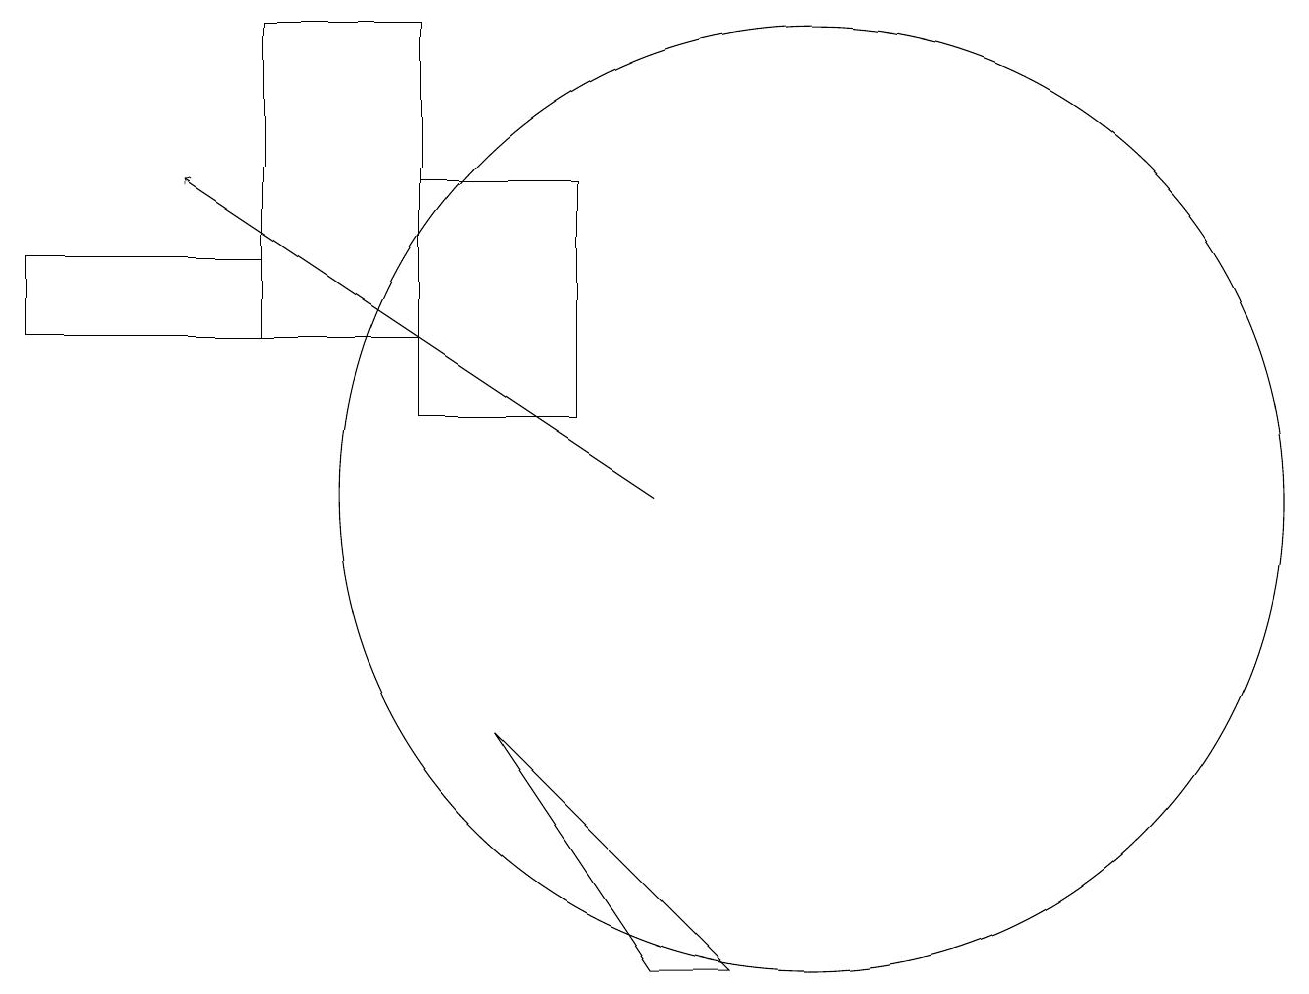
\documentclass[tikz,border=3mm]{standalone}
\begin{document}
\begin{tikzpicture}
\draw (5,14) rectangle (7,11);
\draw (9,4) -- (8,4) -- (6,7) -- cycle;
\draw (10,10) circle (6);
\draw[->] (8,10) -- (2,14);
\draw (3,12) rectangle (5,16);
\draw (0,13) rectangle (3,12);
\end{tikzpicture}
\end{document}